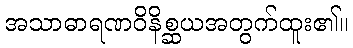
အသာဓာရဏဝိနိစ္ဆယအတွက်ထူး၏။